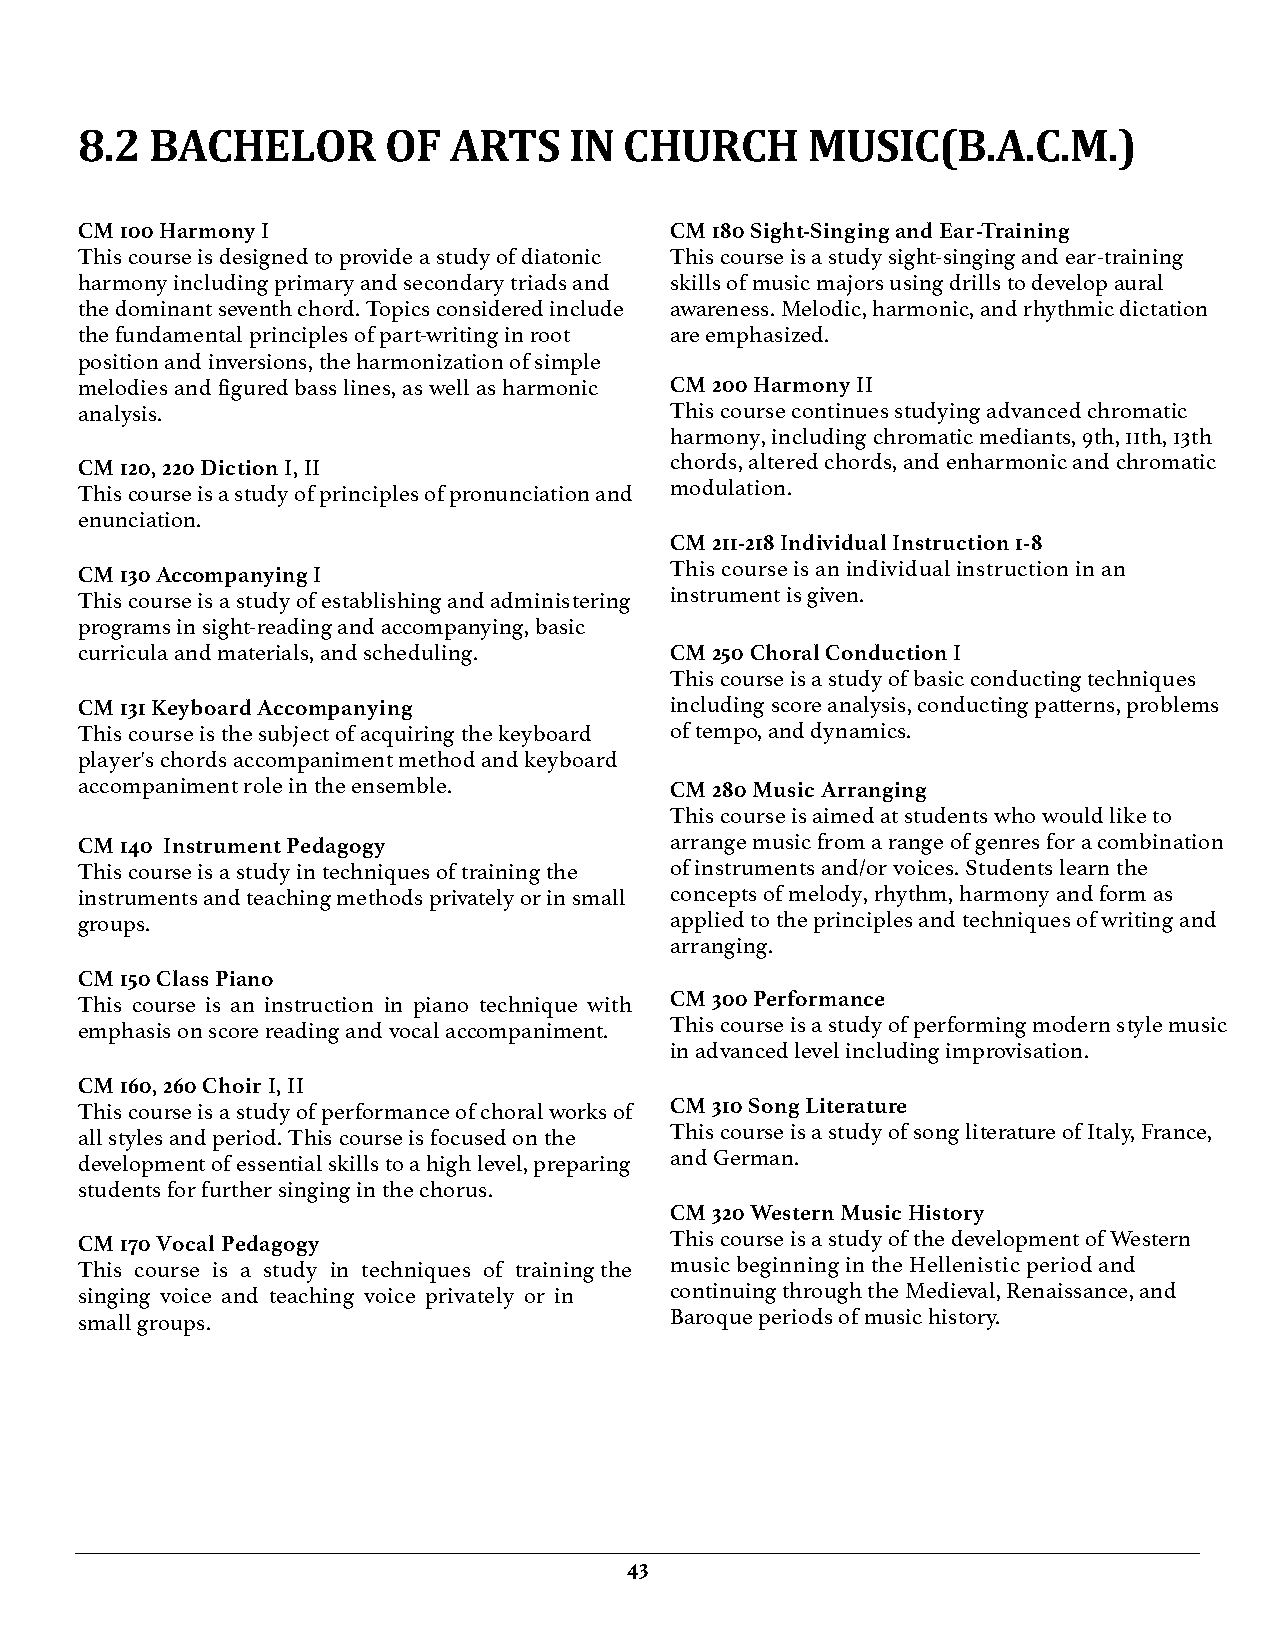
8.2  BACHELOR       OF   ARTS    IN CHURCH      MUSIC(B.A.C.M.)
 CM 100 Harmony I                       CM 180 Sight-Singing and Ear-Training
 This course is designed to provide a study of diatonic This course is a study sight-singing and ear-training
 harmony including primary and secondary triads and skills of music majors using drills to develop aural
 the dominant seventh chord. Topics considered include awareness. Melodic, harmonic, and rhythmic dictation
 the fundamental principles of part-writing in root are emphasized.
 position and inversions, the harmonization of simple
 melodies and figured bass lines, as well as harmonic CM 200 Harmony II
 analysis.                              This course continues studying advanced chromatic
 harmony, including chromatic mediants, 9th, 11th, 13th
 CM 120, 220 Diction I, II              chords, altered chords, and enharmonic and chromatic
 This course is a study of principles of pronunciation and modulation.
 enunciation.
 CM 211-218 Individual Instruction 1-8
 CM 130 Accompanying I                  This course is an individual instruction in an
 This course is a study of establishing and administering instrument is given.
 programs in sight-reading and accompanying, basic
 curricula and materials, and scheduling. CM 250 Choral Conduction I
 This course is a study of basic conducting techniques
 CM 131 Keyboard Accompanying           including score analysis, conducting patterns, problems
 This course is the subject of acquiring the keyboard of tempo, and dynamics.
 player's chords accompaniment method and keyboard
 accompaniment role in the ensemble.    CM 280 Music Arranging
 This course is aimed at students who would like to
 CM 140 Instrument Pedagogy             arrange music from a range of genres for a combination
 This course is a study in techniques of training the of instruments and/or voices. Students learn the
 instruments and teaching methods privately or in small concepts of melody, rhythm, harmony and form as
 groups.                                applied to the principles and techniques of writing and
 arranging.
 CM 150 Class Piano
 This course is an instruction in piano technique with CM 300 Performance
 emphasis on score reading and vocal accompaniment. This course is a study of performing modern style music
 in advanced level including improvisation.
 CM 160, 260 Choir I, II
 This course is a study of performance of choral works of CM 310 Song Literature
 all styles and period. This course is focused on the This course is a study of song literature of Italy, France,
 development of essential skills to a high level, preparing and German.
 students for further singing in the chorus.
 CM 320 Western Music History
 CM 170 Vocal Pedagogy                  This course is a study of the development of Western
 This course is a study in techniques of training the music beginning in the Hellenistic period and
 singing voice and teaching voice privately or in continuing through the Medieval, Renaissance, and
 small groups.                          Baroque periods of music history.
 43